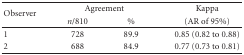
<table><thead><tr><td rowspan="2"><b>Observer</b></td><td colspan="2"><b>Agreement</b></td><td><b>Kappa </b></td></tr><tr><td><b><i>n</i>/810</b></td><td><b>%</b></td><td><b>(AR of 95%)</b></td></tr></thead><tbody><tr><td>1</td><td>728</td><td>89.9</td><td>0.85 (0.82 to 0.88)</td></tr><tr><td>2</td><td>688</td><td>84.9</td><td>0.77 (0.73 to 0.81)</td></tr></tbody></table>